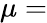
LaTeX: \mu=